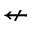
\nleftarrow